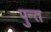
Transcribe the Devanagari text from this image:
पुन्त